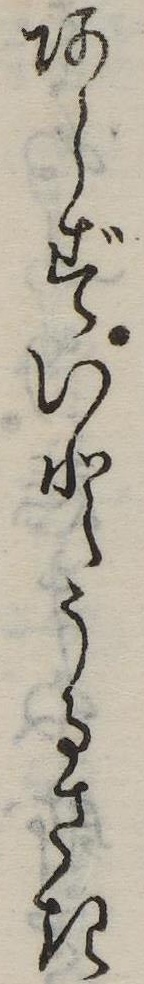
あらずいとうるさき